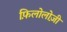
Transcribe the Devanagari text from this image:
फ़िलोलोज़ी